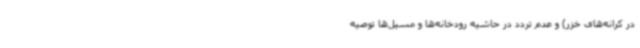
در کرانه‌های خزر) و عدم تردد در حاشیه رودخانه‌ها و مسیل‌ها توصیه